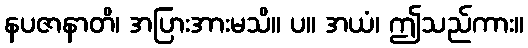
နပဇာနာတိ၊ အပြားအားမသိ။ ပ။ အယံ၊ ဤသည်ကား။